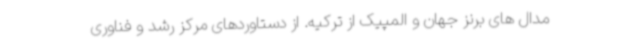
مدال های برنز جهان و المپیک از ترکیه. از دستاوردهای مرکز رشد و فناوری